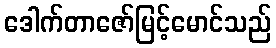
ဒေါက်တာဇော်မြင့်မောင်သည်